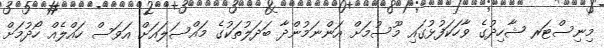
މިނިސްޓަރ ޝާހިދުގެ ވާހަކަފުޅުގައި މޫސުމަށް އަންނަމުންދާ ބަދަލުތަކުގެ މައްސަލައަށް އަވަސް ހައްލެއް ހޯދުމަށް